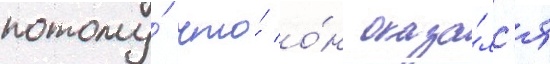
потому́ что́ о́н оказа́лс'я